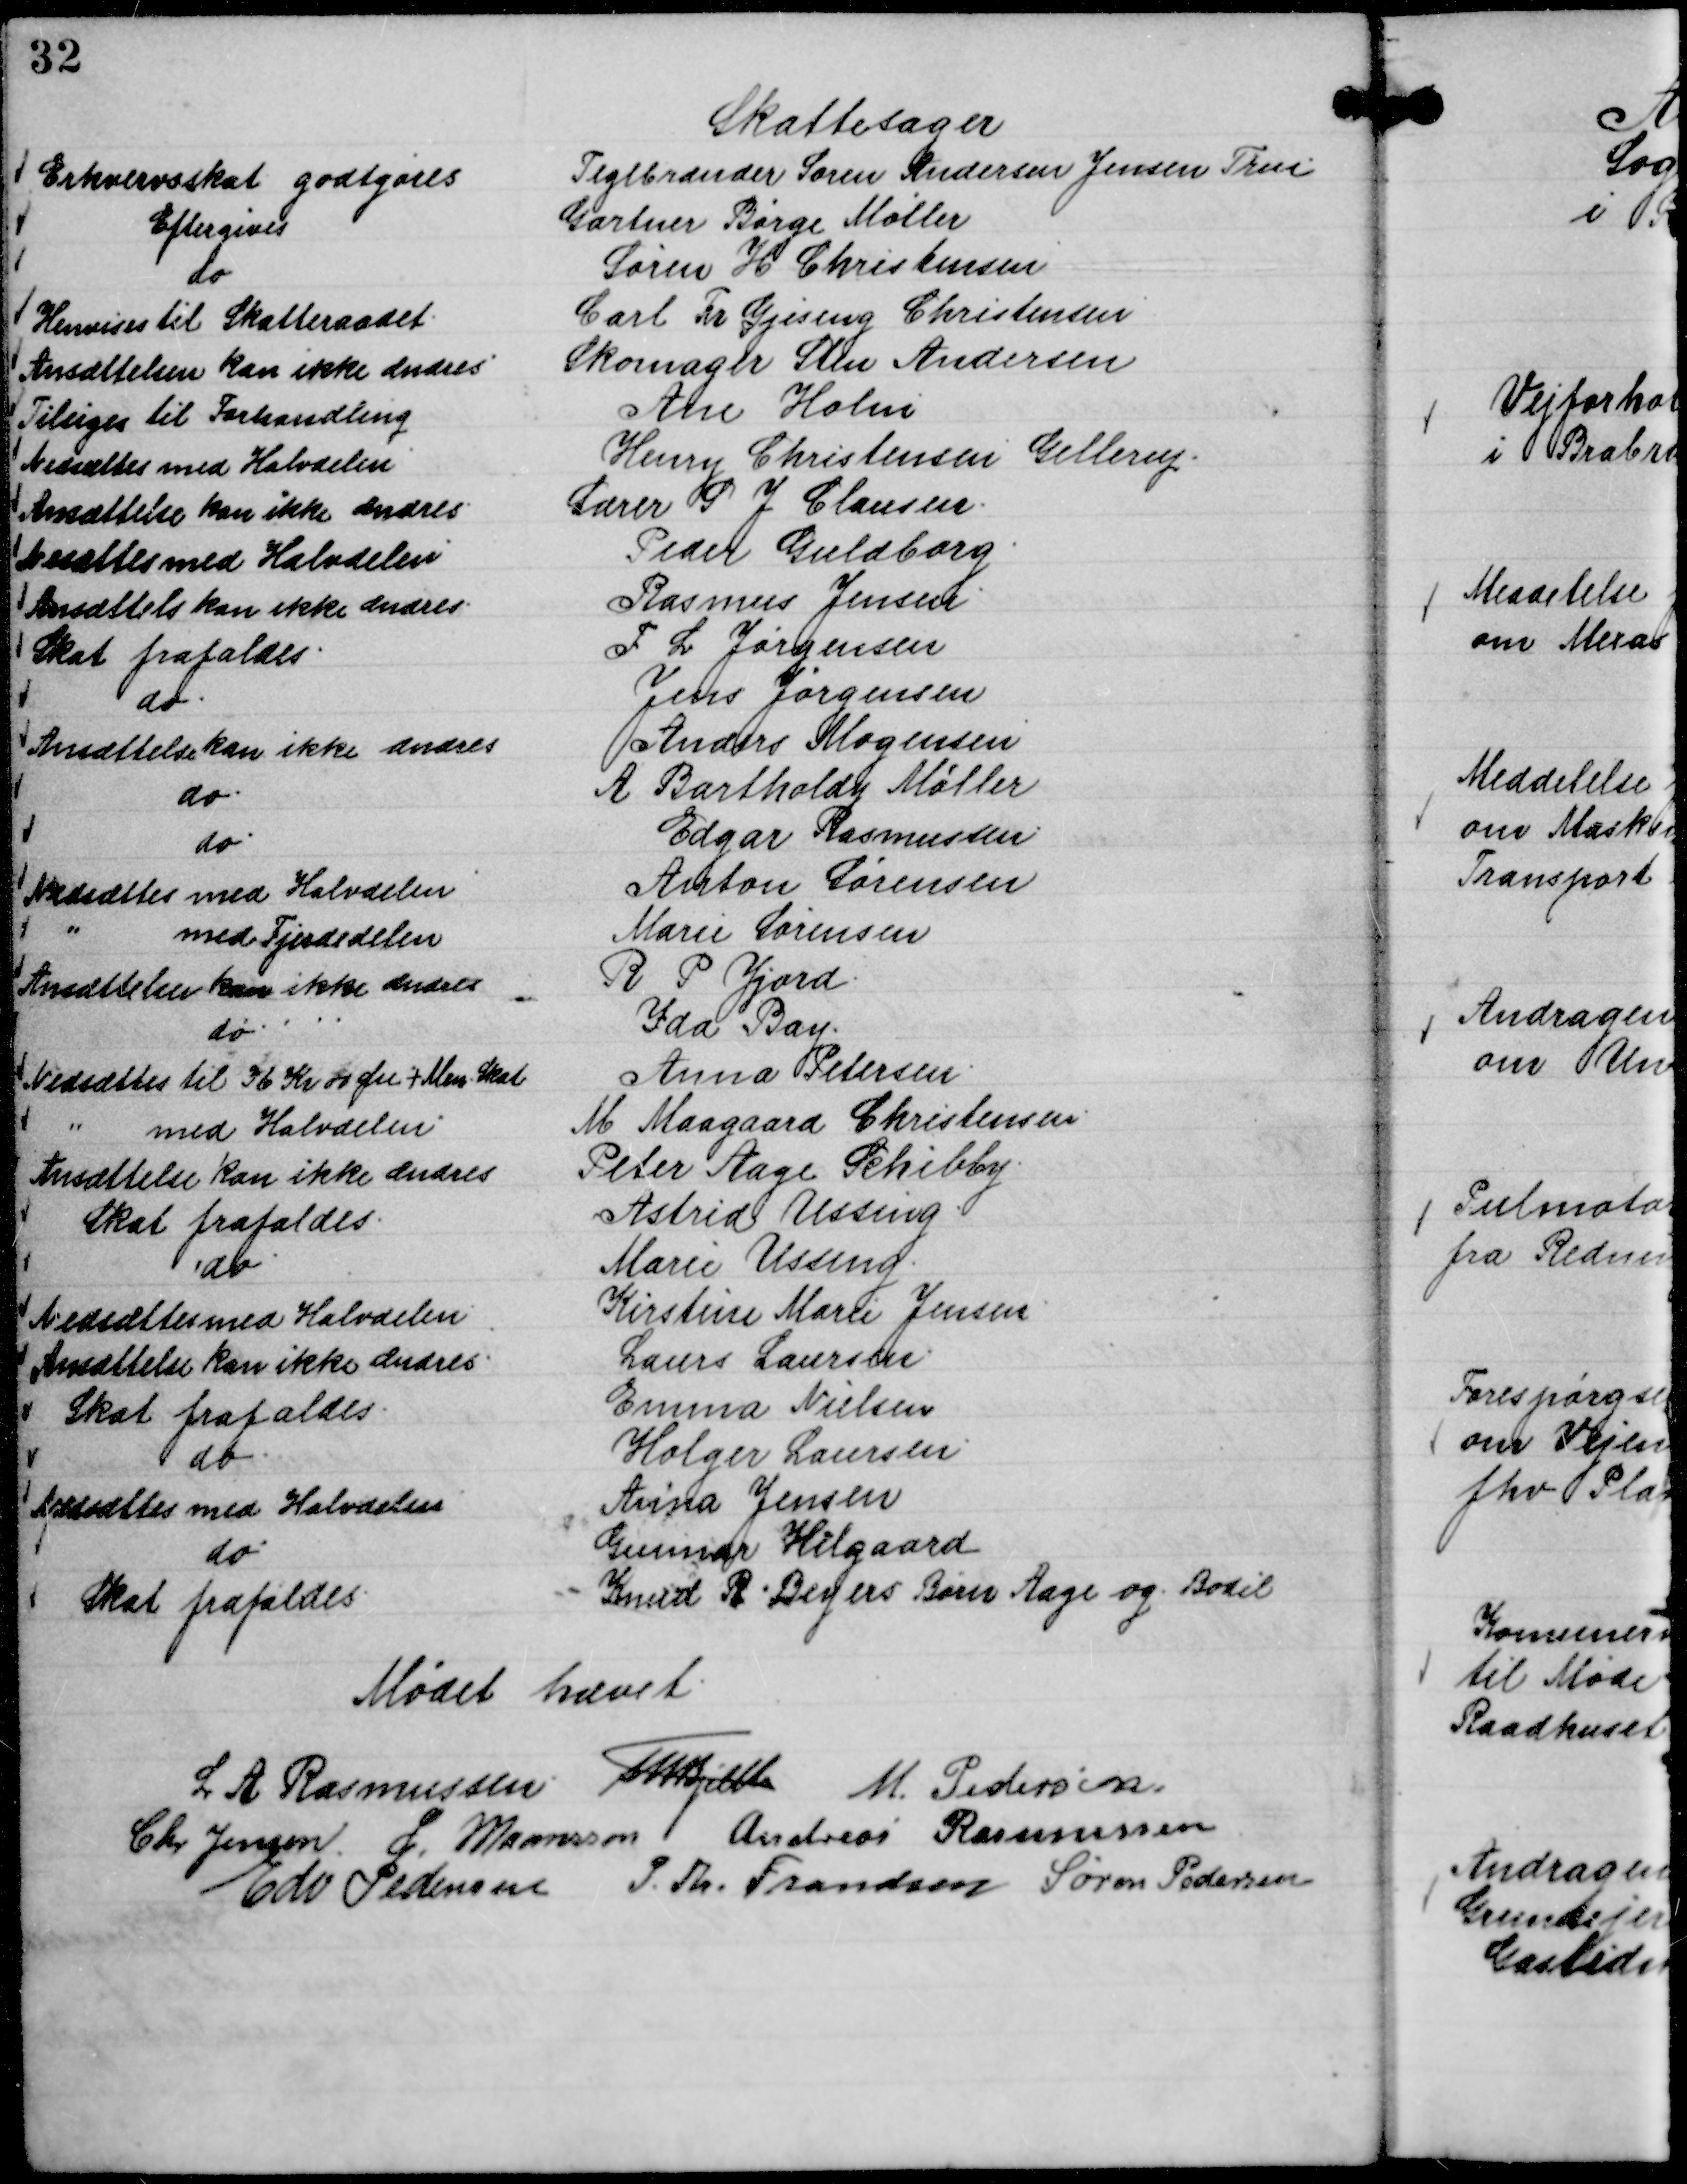
Transskription:
Skattesager
Teglbrænder Søren Andersen Jensen True
Erhvervsskat godtgøres
Gartner Børge Møller
Eftergives
Søren H Christensen
do
Carl Fr. Gjesing Christensen
Henvises til Skatteraadet.
Skomager Sten Andersen
Ansættelsen kan ikke ændres
Ane Holm
Tilsiges til Forhandling
Henry Christensen Gellerup.
Nedsættes med Halvdelen
Lærer P J Clausen.
Ansættelse kan ikke ændres
Peder Guldborg.
Nedsættes med Halvdelen
Rasmus Jensen.
Ansættels kan ikke ændres.
F L Jørgensen
Skat frafaldes.
Jens Jørgensen
do.
Anders Mogensen
Ansættelse kan ikke ændres
A Bartholdy Møller
do.
Edgar Rasmussen
do.
Anton Sørensen
Nedsættes med Halvdelen
Marie Sørensen
" med Fjerdedelen
R. P. Jjord
Ansættelsen kan ikke ændres
Ida Bay.
do.
Anna Petersen.
Nedsættes til 36 Kr 00 Øre + Men. Skat
M Maagaard Christensen.
" med Halvdelen
Peter Aage Schibby.
Ansættelse kan ikke ændres
Astrid Ussing
Skat frafaldes.
Marie Ussing.
do
Kirstine Marie Jensen.
Nedsættes med Halvdelen
Laurs Laursen.
Ansættelse kan ikke ændres.
Emma Nielsen
Skat frafaldes.
Holger Laursen.
do.
Anna Jensen
Nedsættes med Halvdelen
Gunnar Hilgaard
do
Knud R. Beyers Børn Aage og Bodil
Skat frafaldes.

Mødet hævet.
L. A. Rasmussen
Th Bjelke
M. Pedersen
Chr Jensen.
L. Maansson
Andreas Rasmussen
Edv Pedersen
P. Th. Frandsen
Søren Pedersen